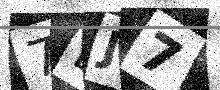
Text: 7LJ7